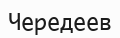
Чередеев